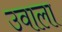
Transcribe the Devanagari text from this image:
उवाला